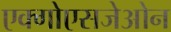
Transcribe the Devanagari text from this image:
एक्गोएसजेओन